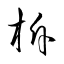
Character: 柝